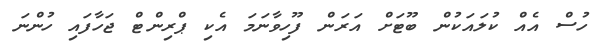
ހުސް އެއް ކުލައަކުން ބޫޓަށް އަރަން ފޫހިވާނަމަ އެކި ޕްރިންޓް ޖަހާފައި ހުންނަ